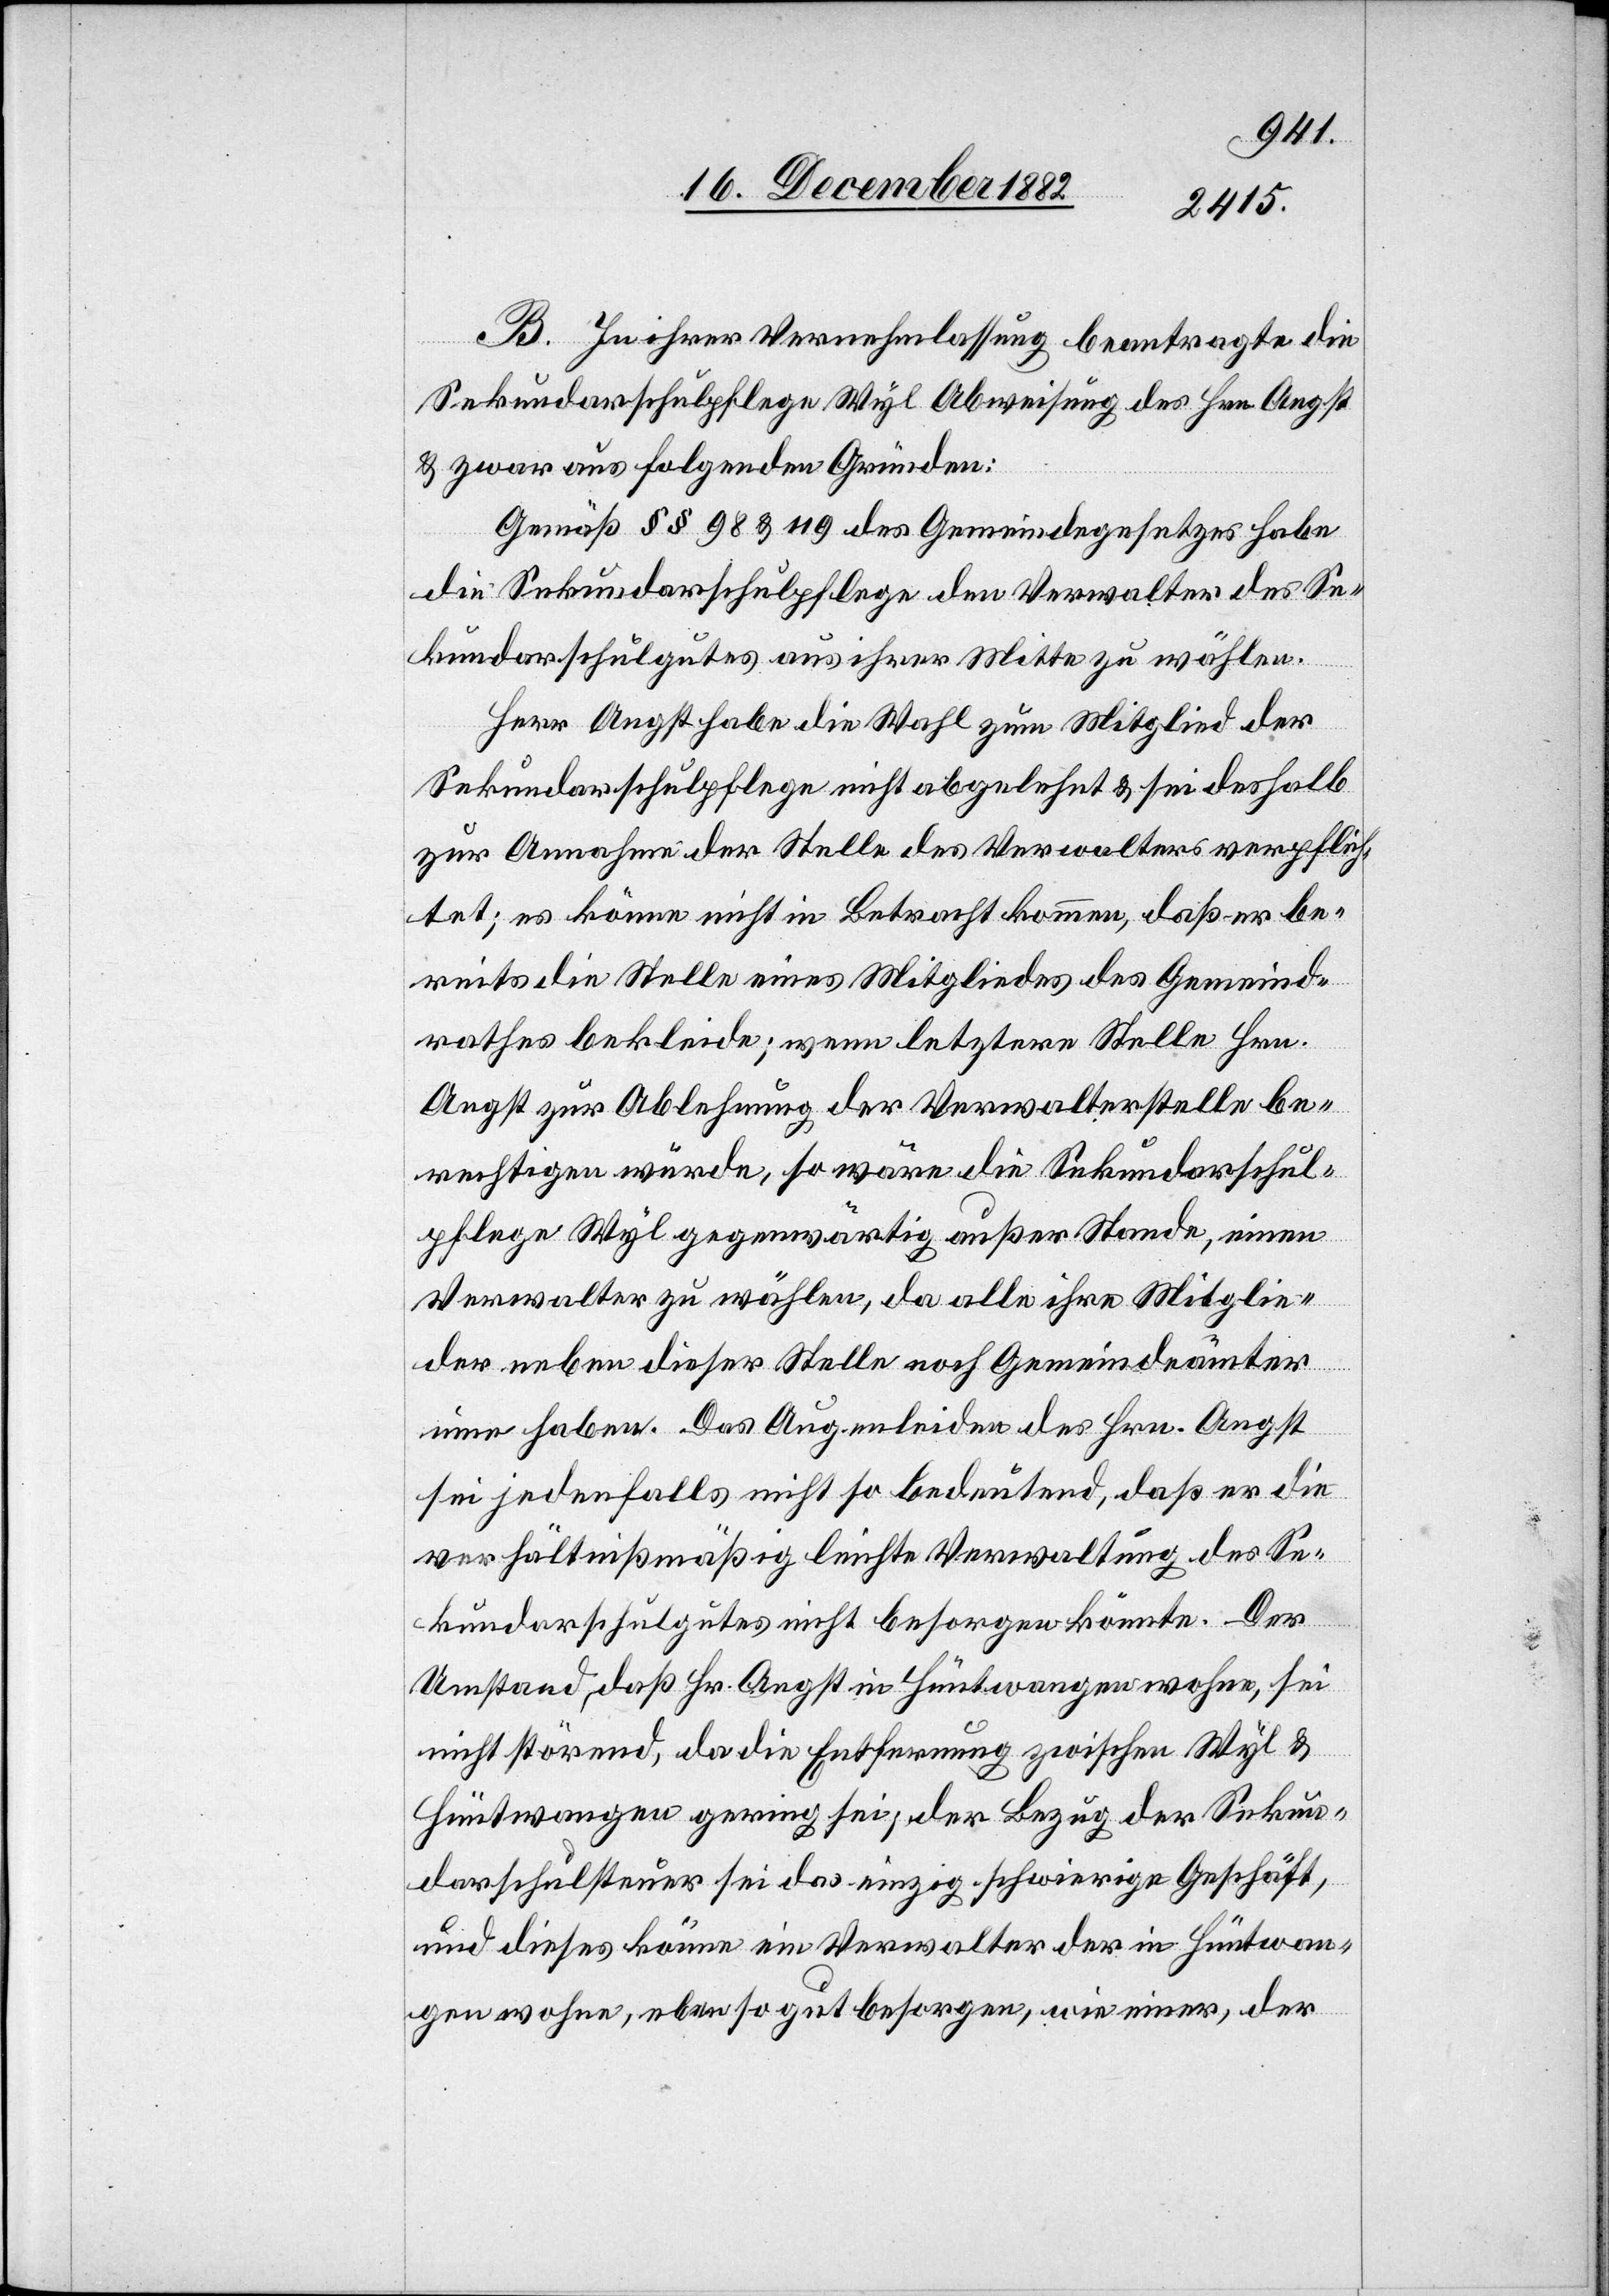
B. In ihrer Vernehmlassung beantragte die
Sekundarschulpflege Wyl Abweisung des Hrn. Angst
& zwar aus folgenden Gründen:
Gemäß §§ 98 & 119 des Gemeindegesetzes habe
die Sekundarschulpflege den Verwalter des Se¬
kundarschulgutes aus ihrer Mitte zu wählen.
Herr Angst habe die Wahl zum Mitglied der
Sekundarschulpflege nicht abgelehnt & sei deshalb
zur Annahme der Stelle des Verwalters verpflich¬
tet; es könne nicht in Betracht kommen, daß er be¬
reits die Stelle eines Mitgliedes des Gemeind¬
rathes bekleide; wenn letztere Stelle Hrn.
Angst zur Ablehnung der Verwalterstelle be¬
rechtigen würde, so wäre die Sekundarschul¬
pflege Wyl gegenwärtig außer Stande, einen
Verwalter zu wählen, da alle ihre Mitglie¬
der neben dieser Stelle noch Gemeindeämter
inne haben. Das Augenleiden des Hrn. Angst
sei jedenfalls nicht so bedeutend, daß er die
verhältnißmäßig leichte Verwaltung des Se¬
kundarschulgutes nicht besorgen könnte. Der
Umstand, daß Hr. Angst in Hüntwangen wohne, sei
nicht störend, da die Entfernung zwischen Wyl &
Hüntwangen gering sei; der Bezug der Sekun¬
darschulsteuer sei das einzig schwierige Geschäft,
und dieses könne ein Verwalter der in Hüntwan¬
gen wohne, eben so gut besorgen, wie einer, der